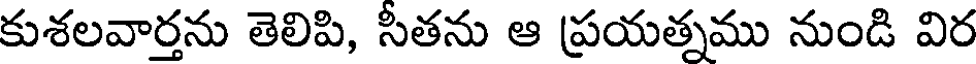
కుశలవార్తను తెలిపి, సీతను ఆ ప్రయత్నము నుండి విర